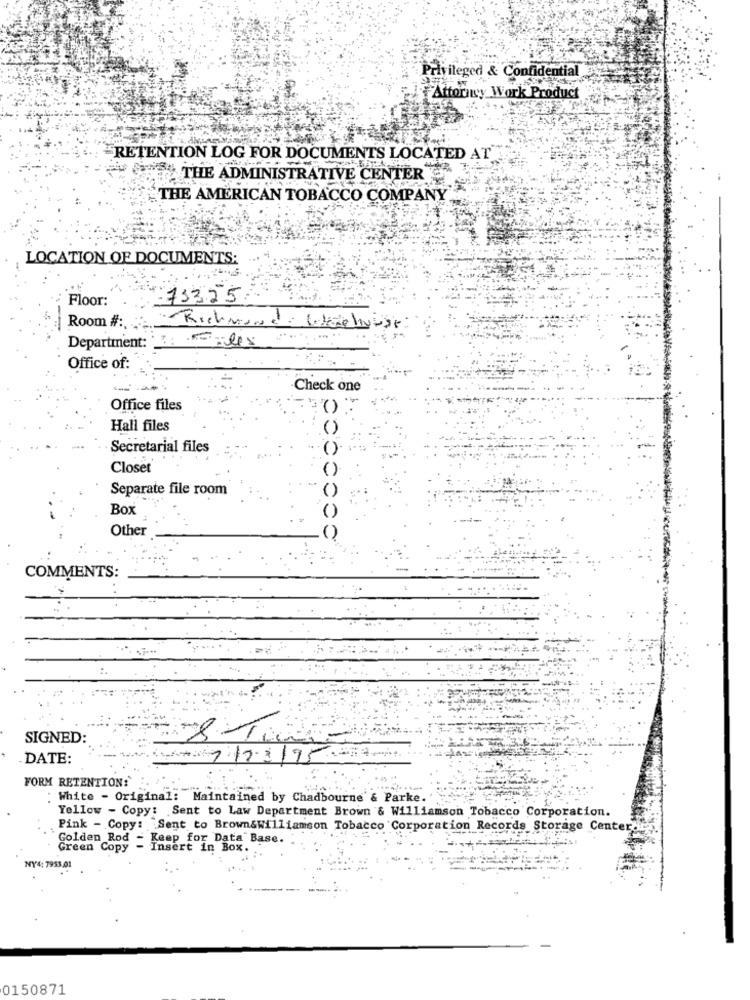
Privileged & Confidential
Attorney Work Product
RETENTION LOG FOR DOCUMENTS LOCATED AT
Sy THE ADMINISTRATIVE CENTER
THE AMERICAN TOBACCO COMPANY
LOCATION OF DOCUMENTS:
Floor:
73325
Room #:
Richmond: läeliguse
Department: :: les2
Office of:
Check one
Office files
Hall files
Secretarial files
Closet
Separate file room
Box
Other
COMMENTS:
SIGNED:
Ti
DATE:
717-3195
FORM RETENTION!'
: White - Original: Maintained by Chadbourne' & Parke.'
Yellow - Copy: Sent to Law Department Brown & Williamson Tobacco Corporation.
Pink - Copy: Sent to Brown&Williamson Tobacco Corporation Records Storage Center
Golden Rod - Keep for Data Base.
Green Copy - Insert in Box.
NY4: 7953,01
0150871